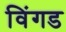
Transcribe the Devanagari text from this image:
विंगड